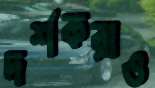
দর্শকরাও